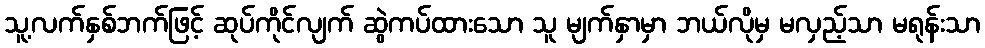
သူ့လက်နှစ်ဘက်ဖြင့် ဆုပ်ကိုင်လျက် ဆွဲကပ်ထားသော သူ မျက်နှာမှာ ဘယ်လိုမှ မလှည့်သာ မရုန်းသာ